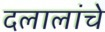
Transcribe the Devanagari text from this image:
दलालांचे